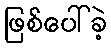
ဖြစ်ပေါ်ခဲ့